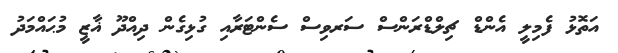
އަތޮޅު ފެމިލީ އެންޑް ޗިލްޑްރަންސް ސަރވިސް ސެންޓަރާއި ގުޅިގެން ދިއްދޫ ޣާޒީ މުޙައްމަދު